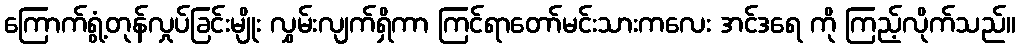
ကြောက်ရွံ့တုန်လှုပ်ခြင်းမျိုး လွှမ်းလျက်ရှိကာ ကြင်ရာတော်မင်းသားကလေး အင်ဒရေ ကို ကြည့်လိုက်သည်။